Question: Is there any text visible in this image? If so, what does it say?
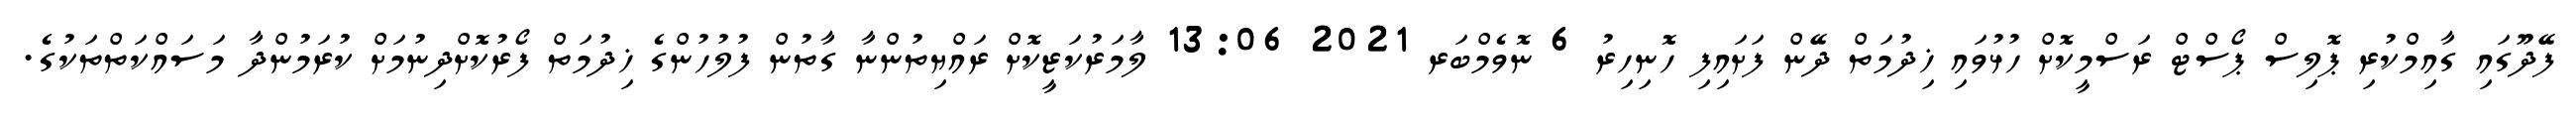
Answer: ފޭދޫގައި ގާއިމްކުރި ޕޮލިސް ޕޯސްޓް ރަސްމީކޮށް ހުޅުވައި ޚިދުމަތް ދޭން ފަށައިފި ހޮނިހިރު 6 ނޮވެމްބަރ 2021 13:06 ލާމަރުކަޒީކޮށް ރައްޔިތުންނާ ގާތުން ފުލުހުންގެ ޚިދުމަތް ފޯރުކޮށްދިނުމަށް ކުރަމުންދާ މަސައްކަތްތަކުގެ.